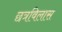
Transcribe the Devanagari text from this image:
छत्रविलास